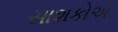
સાશકોએ